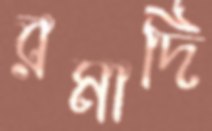
রমাদি